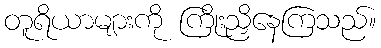
တူရိယာများကို ကြိုးညှိနေကြသည်။